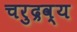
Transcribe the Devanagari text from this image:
चरुद्रव्य